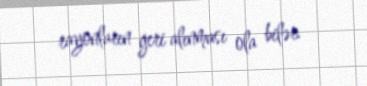
rayonların geri alınması ola bilər.